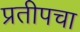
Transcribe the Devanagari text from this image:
प्रतीपचा